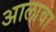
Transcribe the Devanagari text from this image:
अालावा